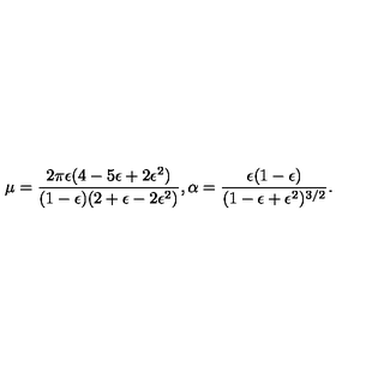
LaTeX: \mu = { \frac { 2 \pi \epsilon ( 4 - 5 \epsilon + 2 \epsilon ^ { 2 } ) } { ( 1 - \epsilon ) ( 2 + \epsilon - 2 \epsilon ^ { 2 } ) } } , \alpha = { \frac { \epsilon ( 1 - \epsilon ) } { ( 1 - \epsilon + \epsilon ^ { 2 } ) ^ { 3 / 2 } } } .